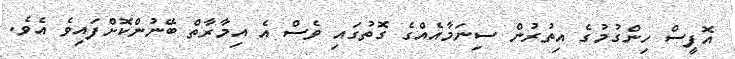
އޮފީސް ހިންގުމުގެ އިތުރުން ސިނަމާއެއްގެ ގޮތުގައި ވެސް އެ އިމާރާތް ބޭނުންކޮށްފައިވެ އެވެ.